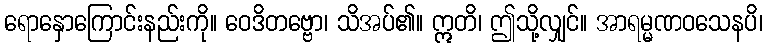
ရောနှောကြောင်းနည်းကို။ ဝေဒိတဗ္ဗော၊ သိအပ်၏။ ဣတိ၊ ဤသို့လျှင်။ အာရမ္မဏဝသေနပိ၊